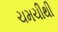
ચમચીથી